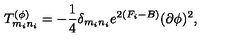
T _ { m _ { i } n _ { i } } ^ { ( \phi ) } = - { \frac { 1 } { 4 } } \delta _ { m _ { i } n _ { i } } e ^ { 2 ( F _ { i } - B ) } ( \partial \phi ) ^ { 2 } ,